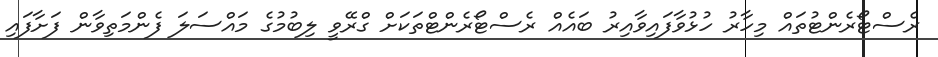
ރެސްޓޯރެންޓުތައް މިހާރު ހުޅުވާފައިވާއިރު ބައެއް ރެސްޓޯރެންޓްތަކަށް ގްރޭވީ ލިބުމުގެ މައްސަލަ ފެންމަތިވާން ފަށާފައި